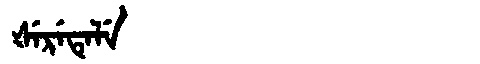
Manchu: ᡧᡝᡵᡝᡨᡝᠯᡝ
Romanization: ŠERETELE